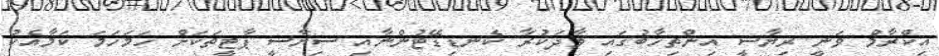
އިކްރާމް ވަނީ ރިޔާސީ އިންތިޚާބުގައި ވާދަކުރާ ކެނޑިޑޭޓުންނާއި ސިޔާސީ ޕާޓީތަކަށް ހަމަހަމަ ކަމާއެކު